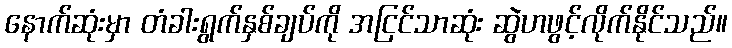
နောက်ဆုံးမှာ တံခါးရွက်နှစ်ချပ်ကို အငြင်သာဆုံး ဆွဲဟဖွင့်လိုက်နိုင်သည်။